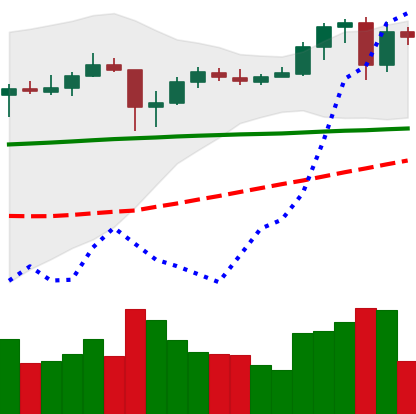
Ticker: ADA-USD
Chart end date: 2020-05-23
Forward return: 16.697%
Label: up_7plus